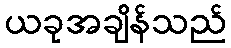
ယခုအချိန်သည်